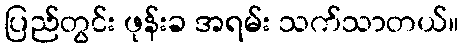
ပြည်တွင်း ဖုန်းခ အရမ်း သက်သာတယ်။